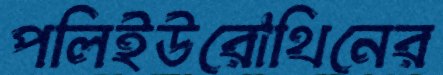
পলিইউরোথিনের